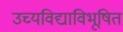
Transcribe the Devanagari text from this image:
उच्यविद्याविभूषित